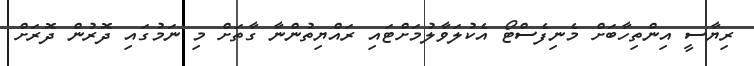
ރިޔާސީ އިންތިހާބަށް މެނިފެސްޓޯ އެކުލަވާލުމަށްޓަައި ރައްޔިތުންނާ ގާތަށް މި ނަމުގައި ދޮރުން ދޮރަށް